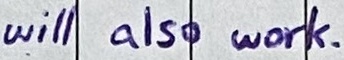
Text: will also work.